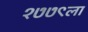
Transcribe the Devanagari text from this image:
१७७९ला